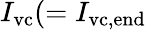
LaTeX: I_{\mathrm{vc}}(=I_{\mathrm{vc,end}}